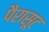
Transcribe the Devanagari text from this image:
पैरासूट